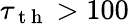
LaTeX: \tau_{\mathrm{~t~h~}}>100